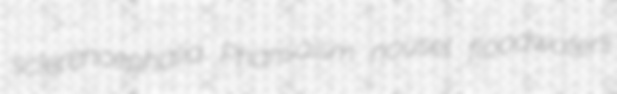
sclerencephalia Pharisaism nousel floodwaters